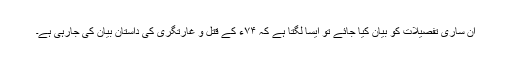
ان ساری تفصیلات کو بیان کیا جائے تو ایسا لگتا ہے کہ ۷۴ء کے قتل و غارتگری کی داستان بیان کی جارہی ہے۔